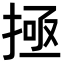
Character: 𫽄